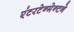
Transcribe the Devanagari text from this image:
एंटरटेन्मेन्टने